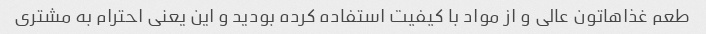
طعم غذاهاتون عالی و از مواد با کیفیت استفاده کرده بودید و این یعنی احترام به مشتری